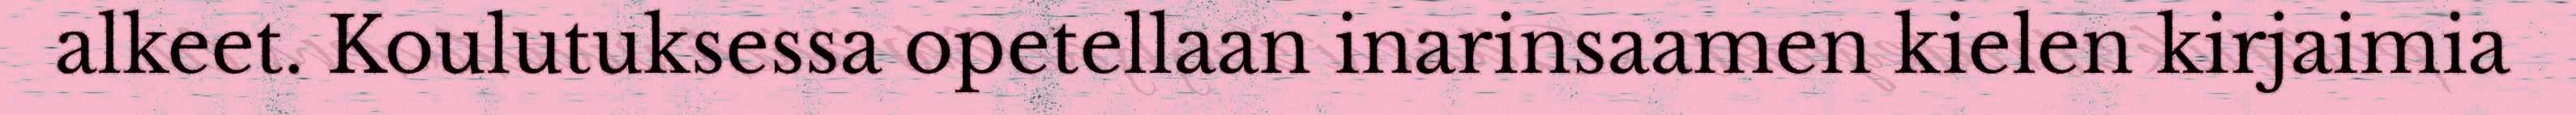
alkeet. Koulutuksessa opetellaan inarinsaamen kielen kirjaimia